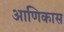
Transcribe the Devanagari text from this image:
आणिकास